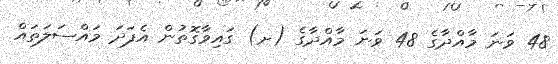
48 ވަނަ މާއްދާގެ 48 ވަނަ މާއްދާގެ (ށ) ގައިވާގޮތުން އެފަދަ މައްސަލަތައް